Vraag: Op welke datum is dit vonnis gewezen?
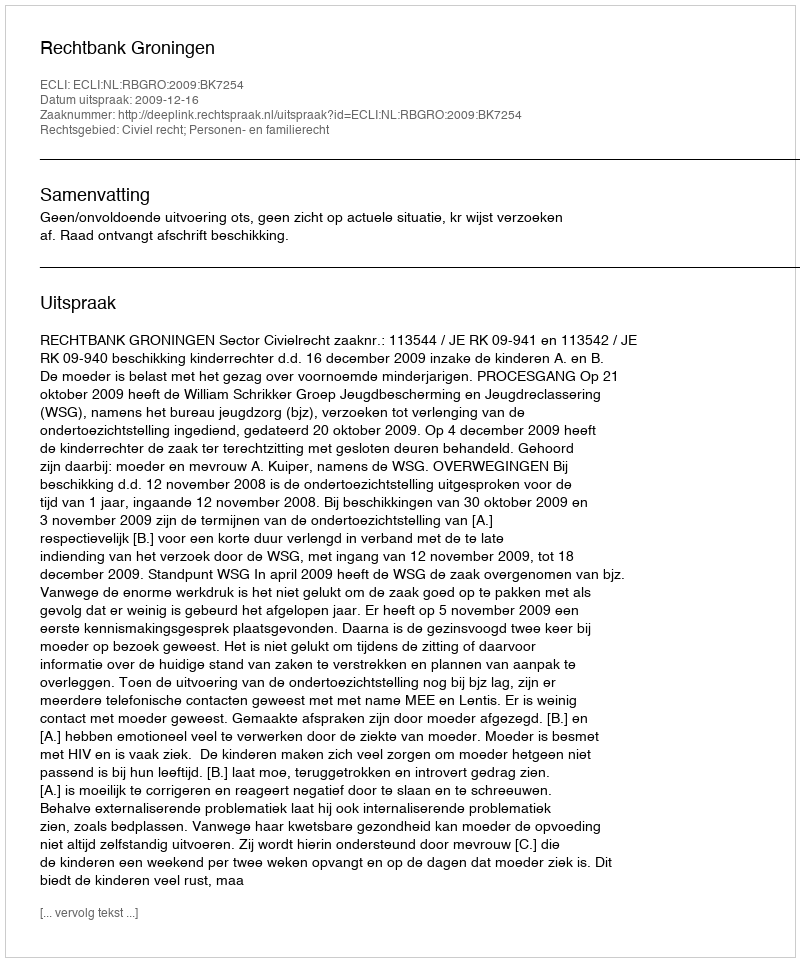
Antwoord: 2009-12-16